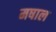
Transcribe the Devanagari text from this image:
मषाल